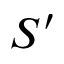
S ^ { \prime }